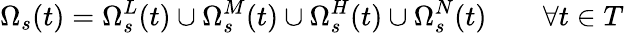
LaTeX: \Omega_{s}(t)=\Omega_{s}^{L}(t)\cup\Omega_{s}^{M}(t)\cup\Omega_{s}^{H}(t)\cup\Omega_{s}^{N}(t)\qquad\forall t\in T